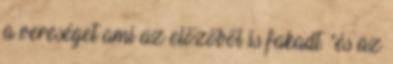
a vereséget ami az előzőből is fakadt. "és az